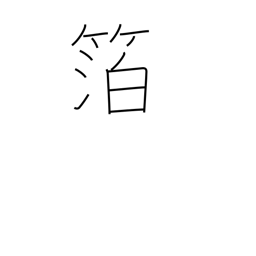
Meaning: foil